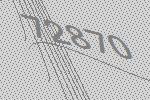
72870